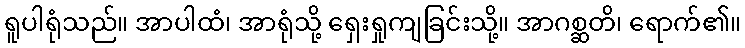
ရူပါရုံသည်။ အာပါထံ၊ အာရုံသို့ ရှေးရှုကျခြင်းသို့။ အာဂစ္ဆတိ၊ ရောက်၏။